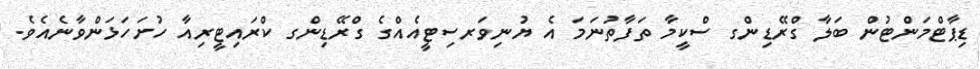
ޑިޕާޓްމަންޓުން ބަލާ ގްރޭޑިންގ ސްކީމާ ތަފާތުނަމަ އެ ޔުނިވަރސިޓީއެއްގެ ގްރޭޑިންގ ކްރައިޓީރިއާ ހުށަހަޅަންވާނެއެވެ.